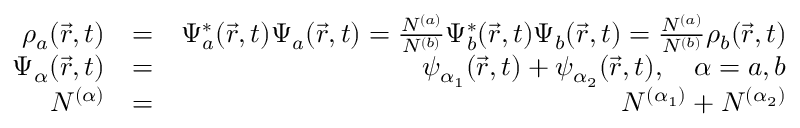
\begin{array} { r l r } { \rho _ { a } ( \vec { r } , t ) } & { = } & { \Psi _ { a } ^ { * } ( \vec { r } , t ) \Psi _ { a } ( \vec { r } , t ) = \frac { N ^ { ( a ) } } { N ^ { ( b ) } } \Psi _ { b } ^ { * } ( \vec { r } , t ) \Psi _ { b } ( \vec { r } , t ) = \frac { N ^ { ( a ) } } { N ^ { ( b ) } } \rho _ { b } ( \vec { r } , t ) } \\ { \Psi _ { \alpha } ( \vec { r } , t ) } & { = } & { \psi _ { \alpha _ { 1 } } ( \vec { r } , t ) + \psi _ { \alpha _ { 2 } } ( \vec { r } , t ) , \quad \alpha = a , b } \\ { N ^ { ( \alpha ) } } & { = } & { N ^ { ( \alpha _ { 1 } ) } + N ^ { ( \alpha _ { 2 } ) } } \end{array}